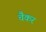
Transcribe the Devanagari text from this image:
चैकर